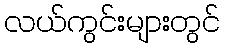
လယ်ကွင်းများတွင်